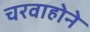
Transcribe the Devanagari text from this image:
चरवाहोने